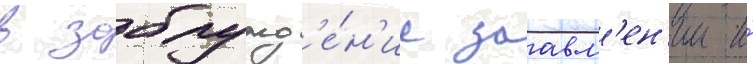
в заблужд'е́н'ие заавл'ен'ии и́